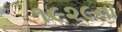
૧૯૨૯ના